Lunatic asylums Punjab 1895-1910 - 1895-1910
Year: 1895
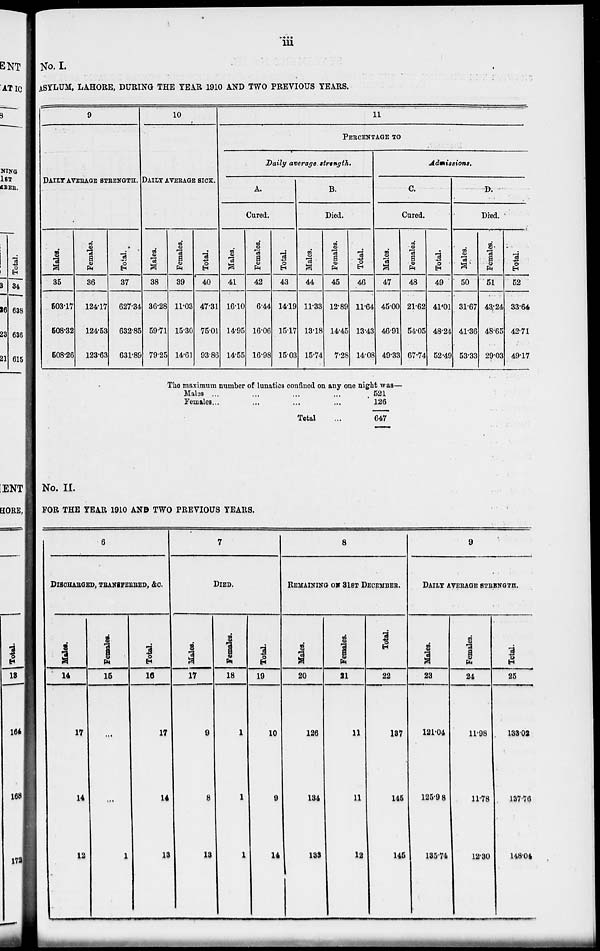
iii
No. I.
ASYLUM, LAHORE, DURING THE YEAR 1910 AND TWO PREVIOUS YEARS.
9
DAILY AVERAGE STRENGTH.
Males.
35
503.17
508.32
508.26
Females.
36
124.17
124.53
123.63
Total.
37
627.34
632.85
631.89
10
DAILY AVERAGE SICK.
Males.
38
36.28
59.71
79.25
Females.
39
11.03
15.30
14.61
Total.
40
47.31
75.01
93.86
11
PERCENTAGE TO
Daily average strength.
A.
Cured.
Males.
41
16.10
14.95
14.55
Females.
42
6.44
16.06
16.98
Total.
43
14.19
15.17
15.03
B.
Died.
Males.
44
11.33
13.18
15.74
Females.
45
12.89
14.45
7.28
Total.
46
11.64
13.43
14.08
Admissions.
C.
Cured.
Males.
47
45.00
46.91
49.33
Females.
48
21.62
54.05
67.74
Total.
49
41.01
48.24
52.49
D.
Died.
Males.
50
31.67
41.36
53.33
Females.
51
43.24
48.65
29.03
Total.
52
33.64
42.71
49.17
The maximum number of lunatics confined on any one night was—
Males ... ... ... ...
Females ... ... ... ...
Total ...
521
126
647
No. II.
FOR THE YEAR 1910 AND TWO PREVIOUS YEARS.
6
DISCHARGED, TRANSFERRED, &c.
Males.
14
17
14
12
Females.
15
...
...
1
Total.
16
17
14
13
7
DIED.
Males.
17
9
8
13
Females.
18
1
1
1
Total.
19
10
9
14
8
REMAINING ON 31ST DECEMBER.
Males.
20
126
134
133
Females.
21
11
11
12
Total.
22
137
145
145
9
DAILY AVERAGE STRENGTH.
Males.
23
121.04
125.98
135.74
Females.
24
11.98
11.78
12.30
Total.
25
133.02
137.76
148.04